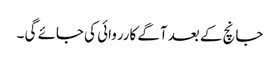
جانچ کے بعد آگے کارروائی کی جائے گی ۔